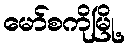
မော်စကိုမြို့